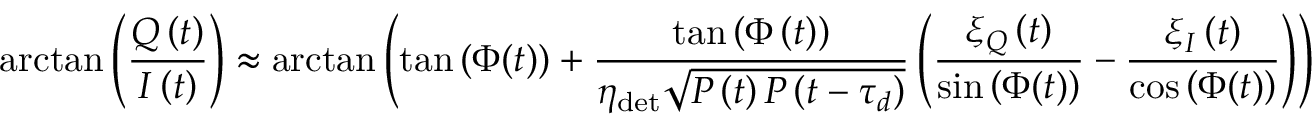
\arctan \left( \frac { Q \left( t \right) } { I \left( t \right) } \right) \approx \arctan \left( \tan { \left( \Phi ( t ) \right) } + \frac { \tan { \left( \Phi \left( t \right) \right) } } { \eta _ { \mathrm { d e t } } \sqrt { P \left( t \right) P \left( t - \tau _ { d } \right) } } \left( \frac { \xi _ { Q } \left( t \right) } { \sin { \left( \Phi ( t ) \right) } } - \frac { \xi _ { I } \left( t \right) } { \cos { \left( \Phi ( t ) \right) } } \right) \right)